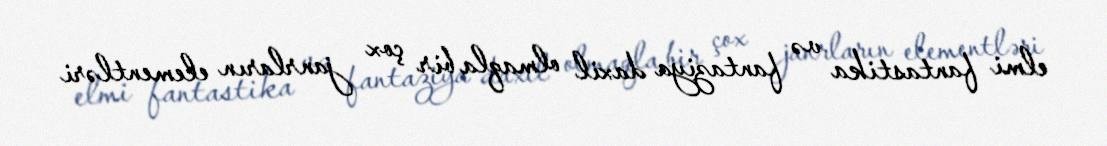
elmi fantastika və fantaziya daxil olmaqla bir çox janrların elementləri